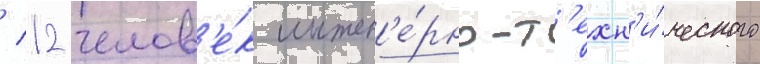
/ 12 челов'е́к инжен'е́рно-т'ехн'и́ческого